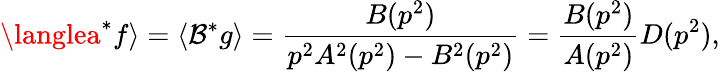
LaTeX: \langlea^{*}f\rangle=\langle\mathcal{B}^{*}g\rangle=\frac{{B(p^{2})}}{{p^{2}A^{2}(p^{2})-B^{2}(p^{2})}}=\frac{{B(p^{2})}}{{A(p^{2})}}D(p^{2}),